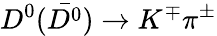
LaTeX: D^{0}(\bar{D^{0}})\rightarrow K^{\mp}\pi^{\pm}